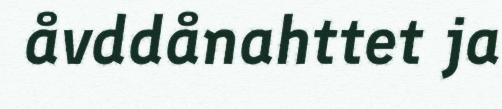
åvddånahttet ja